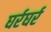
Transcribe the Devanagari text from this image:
घर्रघर्र